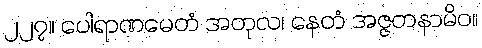
၂၂၇။ ပေါရာဏမေတံ အတုလ၊ နေတံ အဇ္ဇတနာမိဝ။